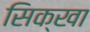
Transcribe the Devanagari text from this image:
सिक्खा